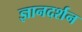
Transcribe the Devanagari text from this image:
ज्ञानदर्शन